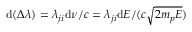
\mathrm { d } ( \Delta \lambda ) = \lambda _ { j i } \mathrm { d } \nu / c = \lambda _ { j i } \mathrm { d } E / ( c \sqrt { 2 m _ { p } E } )